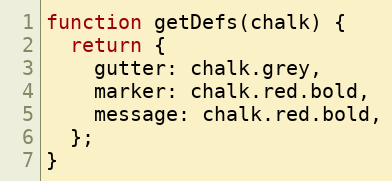
Language: JavaScript
function getDefs(chalk) {
  return {
    gutter: chalk.grey,
    marker: chalk.red.bold,
    message: chalk.red.bold,
  };
}